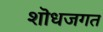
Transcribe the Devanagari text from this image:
शॊधजगत